Vaccination in the Punjab 1883-1896 - 1883-1896
Year: 1883
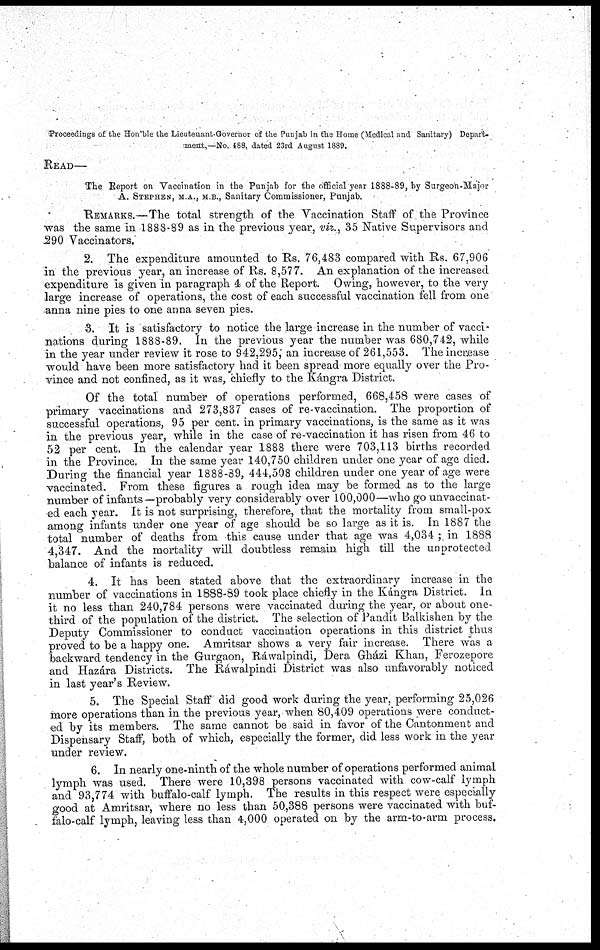
Proceedings of the Hon'ble the Lieutenant.Governor of the Punjab in the Home (Medical and Sanitary) Depart-
ment,—No. 488, dated 23rd August 1889.
READ—
The Report on Vaccination in the Punjab for the official year 1888-89, by Surgeon-Major
A. STEPHEN, M.A., M.B., Sanitary Commissioner, Punjab.
REMARKS.—The total strength of the Vaccination Staff of the Province
was the same in 1888-89 as in the previous year, viz., 35 Native Supervisors and
290 Vaccinators.
2. The expenditure amounted to Rs. 76,483 compared with Rs. 67,906
in the previous year, an increase of Rs. 8,577. An explanation of the increased
expenditure is given in paragraph 4 of the Report. Owing, however, to the very
large increase of operations, the cost of each successful vaccination fell from one
anna nine pies to one anna seven pies.
3. It is satisfactory to notice the large increase in the number of vacci-
nations during 1888-89. In the previous year the number was 680,742, while
in the year under review it rose to 942,295; an increase of 261,553. The increase
would have been more satisfactory had it been spread more equally over the Pro-
vince and not confined, as it was, chiefly to the Kángra District.
Of the total number of operations performed, 668,458 were cases of
primary vaccinations and 273,837 cases of re-vaccination. The proportion of
successful operations, 95 per cent. in primary vaccinations, is the same as it was
in the previous year, while in the case of re-vaccination it has risen from 46 to
52 per cent. In the calendar year 1888 there were 703,113 births recorded
in the Province. In the same year 140,750 children under one year of age died.
During the financial year 1888-89, 444,508 children under one year of age were
vaccinated. From these figures a rough idea may be formed as to the large
number of infants—probably very considerably over 100,000—who go unvaccinat-
ed each year. It is not surprising, therefore, that the mortality from small-pox
among infants under one year of age should be so large as it is. In 1887 the
total number of deaths from this cause under that age was 4,034 ; in 1888
4,347. And the mortality will doubtless remain high till the unprotected
balance of infants is reduced.
4. It has been stated above that the extraordinary increase in the
number of vaccinations in 1888-89 took place chiefly in the Kángra District. In
it no less than 240,784 persons were vaccinated during the year, or about one-
third of the population of the district. The selection of Pandit Balkishen by the
Deputy Commissioner to conduct vaccination operations in this district thus
proved to be a happy one. Amritsar shows a very fair increase. There was a
backward tendency in the Gurgaon, Ráwalpindi, Dera Gházi Khan, Ferozepore
and Hazára Districts. The Ráwalpindi District was also unfavorably noticed
in last year's Review.
5. The Special Staff did good work during the year, performing 25,026
more operations than in the previous year, when 80,409 operations were conduct-
ed by its members. The same cannot be said in favor of the Cantonment and
Dispensary Staff, both of which, especially the former, did less work in the year
under review.
6. In nearly one-ninth of the whole number of operations performed animal
lymph was used. There were 10,398 persons vaccinated with cow-calf lymph
and 93,774 with buffalo-calf lymph. The results in this respect were especially
good at Amritsar, where no less than 50,388 persons were vaccinated with buf-
falo-calf lymph, leaving less than 4,000 operated on by the arm-to-arm process.